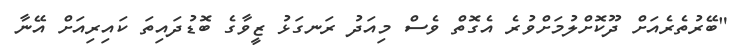
"ބޭރުތެރެއަށް ދޫކޮށްލުމަށްވުރެ އެގޮތް ވެސް މިއަދު ރަނގަޅު ޒީވާގެ ބޮޑުދައިތަ ކައިރިއަށް އޭނާ